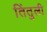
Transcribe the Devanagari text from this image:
तिंतुली